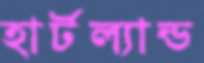
হার্টল্যান্ড